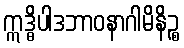
ဣဒ္ဓိပါဒဘာဝနာဂါမိနိဉ္စ